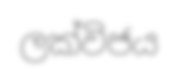
ලක්විජය